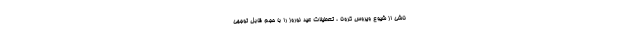
ناشی از شیوع ویروس کرونا ، تعطیلات عید نوروز را با حجم قابل توجهی